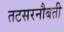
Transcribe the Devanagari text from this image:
तटसरनौबती